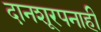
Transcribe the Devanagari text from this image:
दानशूरपनाही